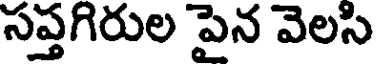
సప్తగిరుల పైన వెలసి